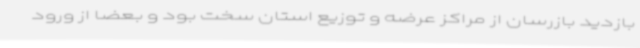
بازدید بازرسان از مراکز عرضه و توزیع استان سخت بود و بعضا از ورود